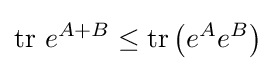
\operatorname {tr} \,e^{A+B}\leq \operatorname {tr} \left(e^{A}e^{B}\right)